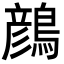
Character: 𪃛